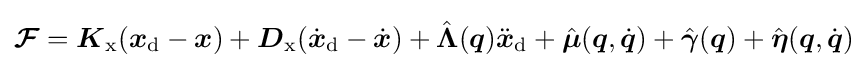
{\boldsymbol {\mathcal {F}}}={\boldsymbol {K}}_{\mathrm {x} }({\boldsymbol {x}}_{\mathrm {d} }-{\boldsymbol {x}})+{\boldsymbol {D}}_{\mathrm {x} }({\dot {\boldsymbol {x}}}_{\mathrm {d} }-{\dot {\boldsymbol {x}}})+{\hat {\boldsymbol {\Lambda }}}({\boldsymbol {q}}){\ddot {\boldsymbol {x}}}_{\mathrm {d} }+{\hat {\boldsymbol {\mu }}}({\boldsymbol {q}},{\dot {\boldsymbol {q}}})+{\hat {\boldsymbol {\gamma }}}({\boldsymbol {q}})+{\hat {\boldsymbol {\eta }}}({\boldsymbol {q}},{\dot {\boldsymbol {q}}})